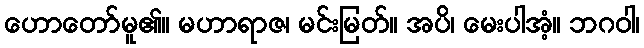
ဟောတော်မူ၏။ မဟာရာဇ၊ မင်းမြတ်။ အပိ၊ မေးပါအံ့။ ဘဂဝါ၊